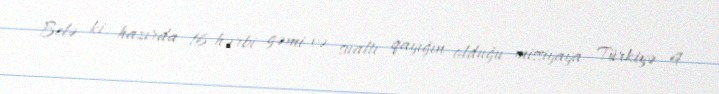
Belə ki, hazırda 16 hərbi gəmi və sualtı qayığın olduğu missiyaya Türkiyə 4